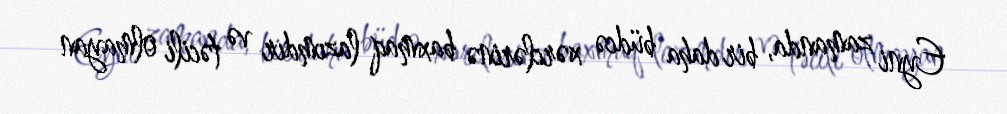
Eyni zamanda, bir daha büdcə xərclərinə baxmaq lazımdır və təcili olmayan